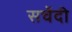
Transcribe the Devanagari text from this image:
सचेंदी